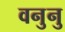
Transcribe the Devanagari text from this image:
वनुनु